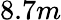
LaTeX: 8.7m